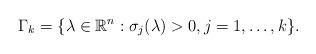
LaTeX: \begin{align*}\Gamma_{k} = \{\lambda \in \mathbb{R}^{n}: \sigma_{j} (\lambda) > 0, j = 1, \ldots, k\}.\end{align*}